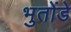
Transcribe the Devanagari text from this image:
भुतोंडे